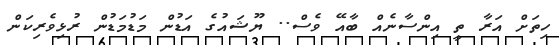
ހިތަށް އަރާ ތީ އިންސާނެއް ބާއޭ ވެސް.. ޔޫޝައުގެ އަޑުން މަޑުމަޑުން ރުޅިވެރިކަން